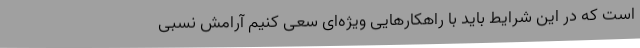
است که در این شرایط باید با راهکارهایی ویژه‌ای سعی کنیم آرامش نسبی